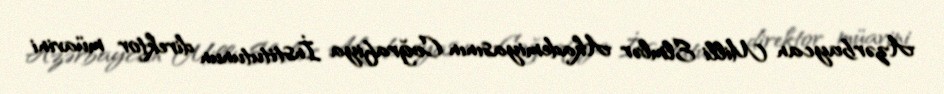
Azərbaycan Milli Elmlər Akademiyasının Coğrafiya İnstitutunun direktor müavini